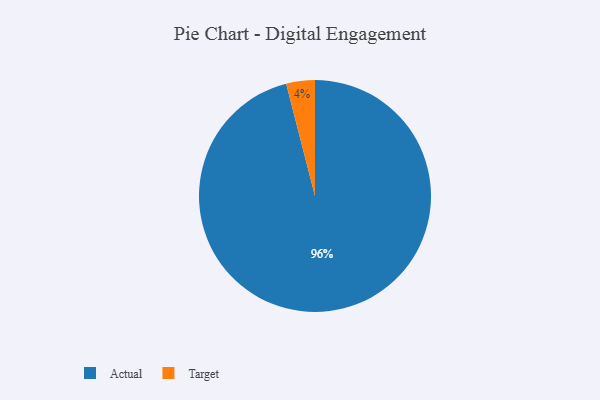
{"axis": {"x": "Category", "y": "Percentage"}, "legend": ["Actual", "Target"], "data": [{"x": "Actual", "y": 96, "type": "Actual"}, {"x": "Target", "y": 4, "type": "Target"}]}